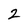
Character: 2